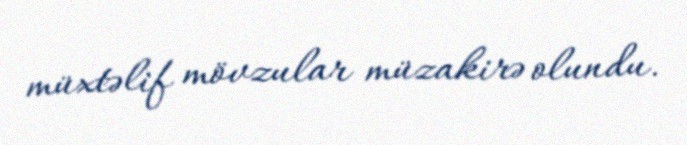
müxtəlif mövzular müzakirə olundu.